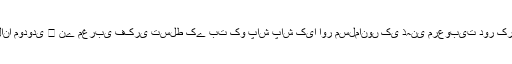
اس دین بیزار ماحول میں مولانا مودودی ﷫ نے مغربی فکری تسلط کے بت کو پاش پاش کیا اور مسلمانوں کی ذہنی مرعوبیت دور کرنے کی کامیاب سعی کی ۔